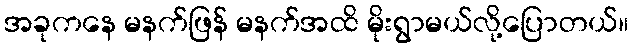
အခုကနေ မနက်ဖြန် မနက်အထိ မိုးရွာမယ်လို့ပြောတယ်။